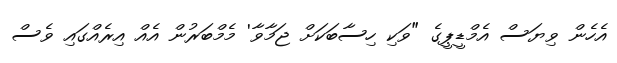
އެހެން ވިޔަސް އެމްޑީޕީގެ "ވަކި ހިސާބަކަށް ޖަމާވާ' މެމްބަރުން އެއް އިރެއްގައި ވެސް